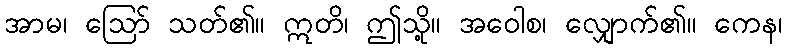
အာမ၊ ဩော် သတ်၏။ ဣတိ၊ ဤသို့။ အဝေါစ၊ လျှောက်၏။ ကေန၊